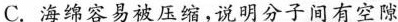
C. 海绵容易被压缩，说明分子间有间隙